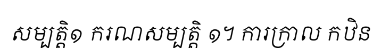
សម្បត្តិ១ ករណសម្បត្តិ ១។ ការក្រាល កឋិន